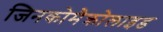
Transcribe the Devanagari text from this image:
जिनकोमैक्रोलाइड